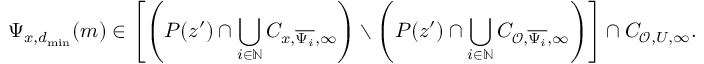
\Psi _ { x , d _ { \mathrm { m i n } } } ( m ) \in \left[ \left( P ( z ^ { \prime } ) \cap \bigcup _ { i \in \mathbb { N } } C _ { x , \overline { { \Psi _ { i } } } , \infty } \right) \setminus \left( P ( z ^ { \prime } ) \cap \bigcup _ { i \in \mathbb { N } } C _ { \mathcal { O } , \overline { { \Psi _ { i } } } , \infty } \right) \right] \cap C _ { \mathcal { O } , U , \infty } .